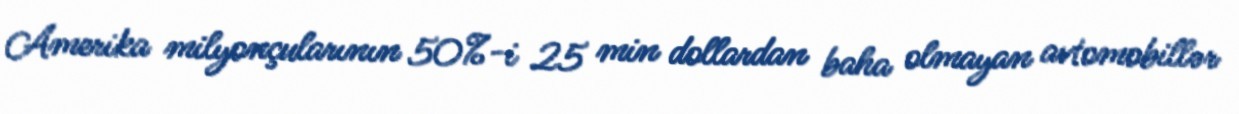
Amerika milyonçularının 50%-i 25 min dollardan baha olmayan avtomobillər